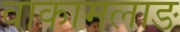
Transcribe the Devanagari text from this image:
वाकामलाङ